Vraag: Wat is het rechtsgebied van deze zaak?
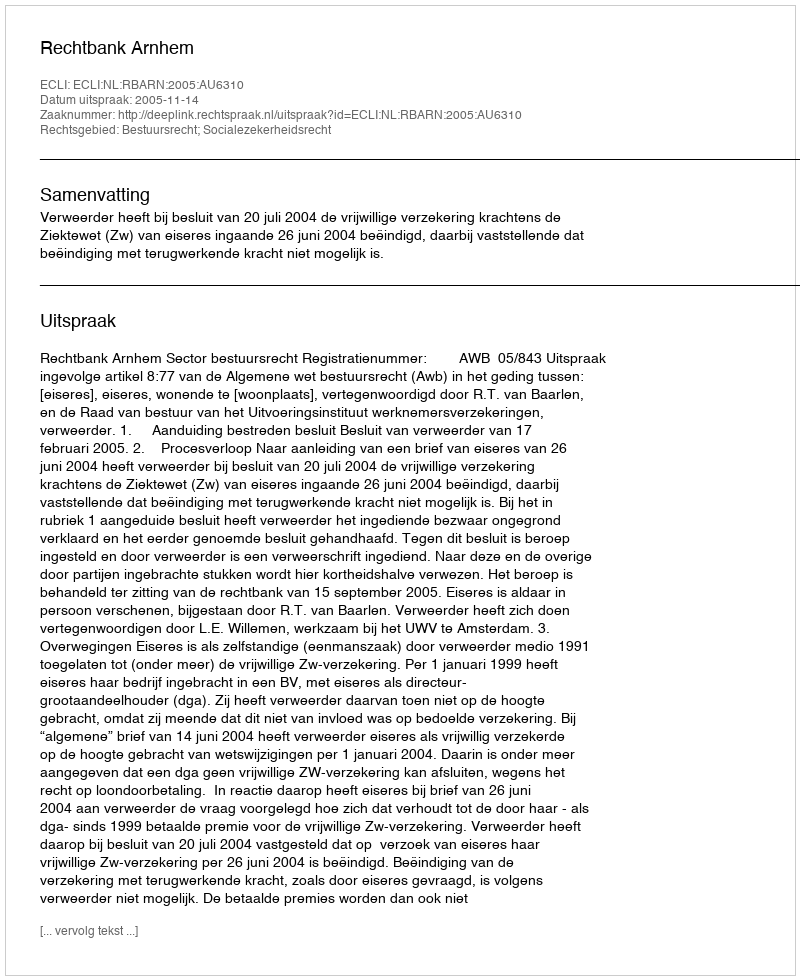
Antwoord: Bestuursrecht; Socialezekerheidsrecht